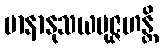
မာနာနုသယမုဇ္ဇဟန္တိ